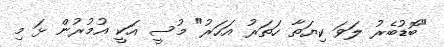
"ބޮޑުބެރު ލަވަ ކިޔަތާ ހަތަރު އަހަރު" މުސީ އަކީ އުމުރުން ޅަ މި